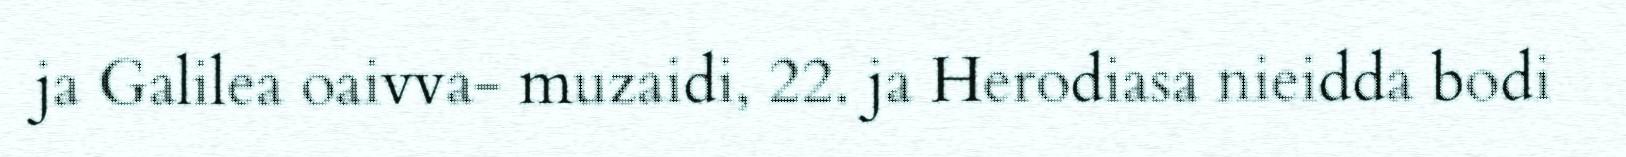
ja Galilea oaivva- muzaidi, 22. ja Herodiasa nieidda bodi